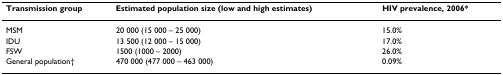
<table><thead><tr><td><b>Transmission group</b></td><td><b>Estimated population size (low and high estimates)</b></td><td><b>HIV prevalence, 2006*</b></td></tr></thead><tbody><tr><td>MSM</td><td>20 000 (15 000 – 25 000)</td><td>15.0%</td></tr><tr><td>IDU</td><td>13 500 (12 000 – 15 000)</td><td>17.0%</td></tr><tr><td>FSW</td><td>1500 (1000 – 2000)</td><td>26.0%</td></tr><tr><td>General population†</td><td>470 000 (477 000 – 463 000)</td><td>0.09%</td></tr></tbody></table>